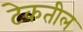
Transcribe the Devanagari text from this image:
टेकतील